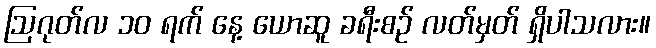
ဩဂုတ်လ ၁၀ ရက် နေ့ ယောဆူ ခရီးစဉ် လတ်မှတ် ရှိပါသလား။